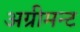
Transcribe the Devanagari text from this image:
अग्रीमन्ट